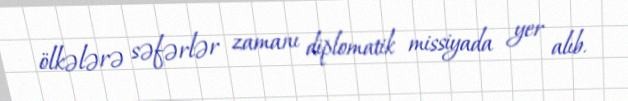
ölkələrə səfərlər zamanı diplomatik missiyada yer alıb.